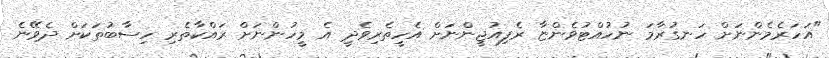
"އަހަރެމެންނަށް ހަނގުރާމަ ނުހުއްޓުވެންޏާ ރެފިއުޖީންނަށް އެހީތެރިވެދީ އެ މީހުންނަށް ރައްކާތެރި ހިސާބުތަކަށް ދެވޭނެ